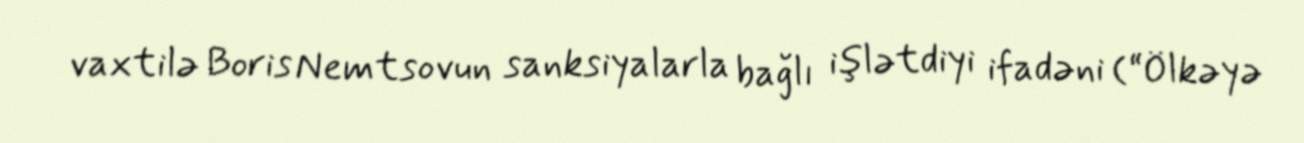
vaxtilə Boris Nemtsovun sanksiyalarla bağlı işlətdiyi ifadəni (“Ölkəyə